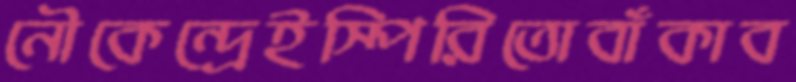
নৌকেন্দ্রেইস্পিরিতোবাঁকাব